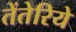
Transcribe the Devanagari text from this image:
तेंतेरिये